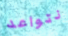
نتواعد